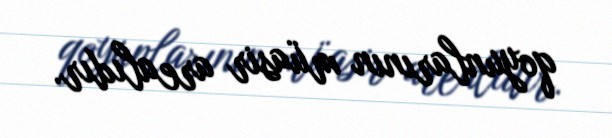
qoyunlarının müasir arealıdır.